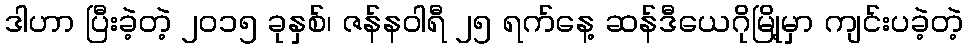
ဒါဟာ ပြီးခဲ့တဲ့ ၂၀၁၅ ခုနှစ်၊ ဇန်နဝါရီ ၂၅ ရက်နေ့ ဆန်ဒီယေဂိုမြို့မှာ ကျင်းပခဲ့တဲ့